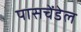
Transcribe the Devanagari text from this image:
पासचेंडेल